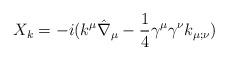
LaTeX: \begin{align*}X_k = -i ( k^\mu \hat\nabla_\mu - {1\over 4} \gamma^\mu \gamma^\nu k_{\mu;\nu})\end{align*}